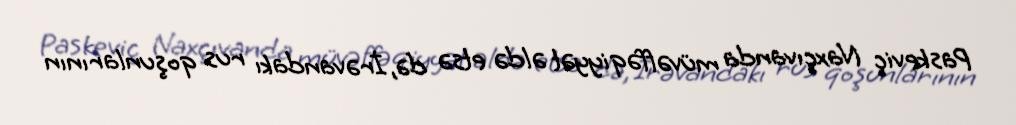
Paskeviç Naxçıvanda müvəffəqiyyət əldə etsə də, İrəvandakı rus qoşunlarının